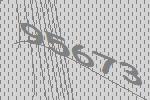
95673